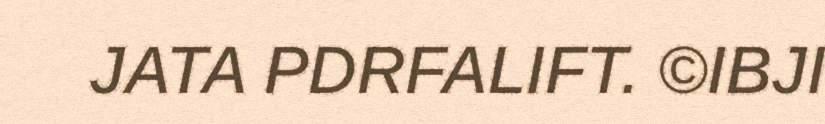
JATA PDRFALIFT. ©IBJI